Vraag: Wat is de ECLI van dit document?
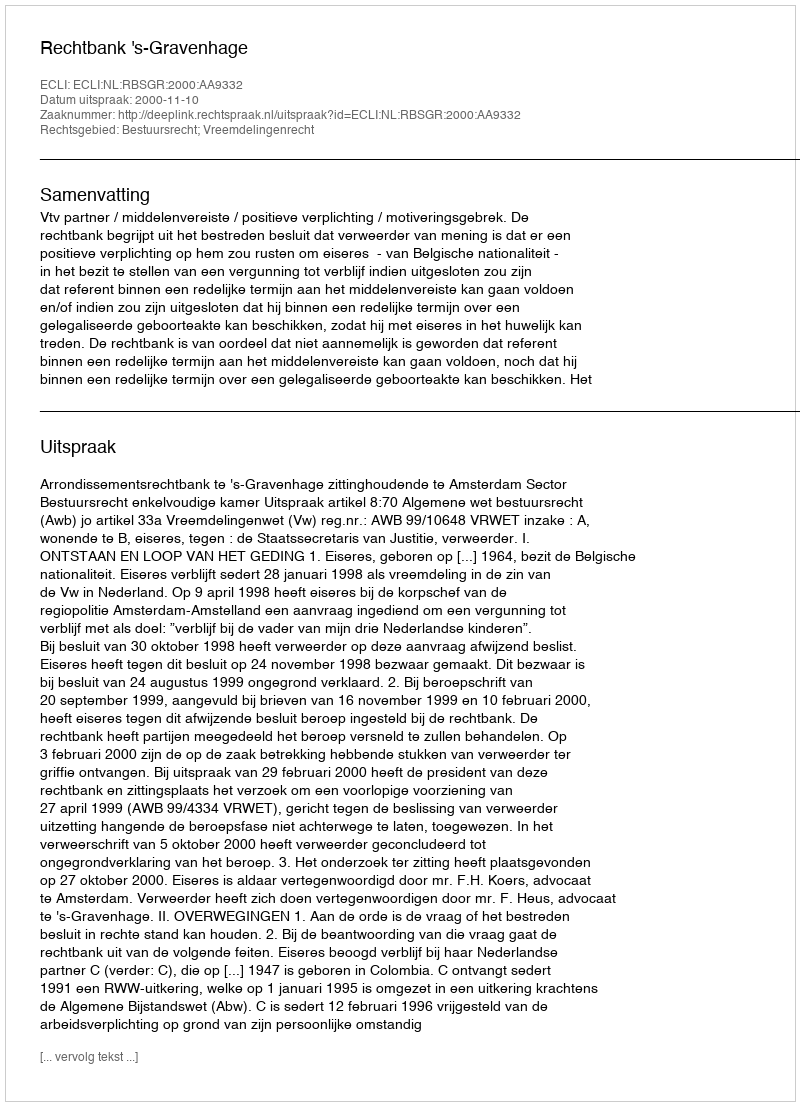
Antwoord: ECLI:NL:RBSGR:2000:AA9332